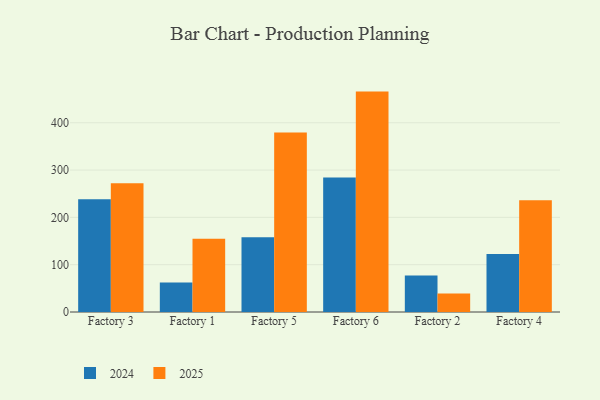
{"axis": {"x": "Factory", "y": "Page Views"}, "legend": ["2024", "2025"], "data": [{"x": "Factory 3", "y": 238.5, "type": "2024"}, {"x": "Factory 3", "y": 272.0, "type": "2025"}, {"x": "Factory 1", "y": 62.6, "type": "2024"}, {"x": "Factory 1", "y": 154.6, "type": "2025"}, {"x": "Factory 5", "y": 158.1, "type": "2024"}, {"x": "Factory 5", "y": 379.2, "type": "2025"}, {"x": "Factory 6", "y": 284.2, "type": "2024"}, {"x": "Factory 6", "y": 465.8, "type": "2025"}, {"x": "Factory 2", "y": 77.1, "type": "2024"}, {"x": "Factory 2", "y": 39.1, "type": "2025"}, {"x": "Factory 4", "y": 122.6, "type": "2024"}, {"x": "Factory 4", "y": 236.4, "type": "2025"}]}